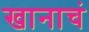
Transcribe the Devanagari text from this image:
खानाचं